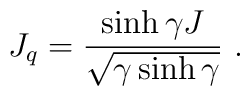
J_q=\displaystyle\frac{\sinh\gamma J}{\sqrt{\gamma\sinh\gamma}}~.